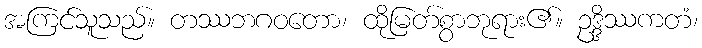
အကြင်သူသည်။ တဿဘဂဝတော၊ ထိုမြတ်စွာဘုရား၏။ ဥဒ္ဒိဿကတံ၊